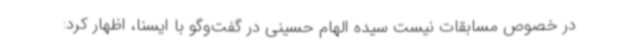
در خصوص مسابقات نیست سیده الهام حسینی در گفت‌وگو با ایسنا، اظهار کرد: